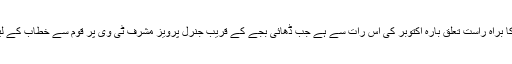
ہمارے اس جوک کا براہ راست تعلق بارہ اکتوبر کی اس رات سے ہے جب ڈھائی بجے کے قریب جنرل پرویز مشرف ٹی وی پر قوم سے خطاب کے لیے جلوہ نما ہوئے۔